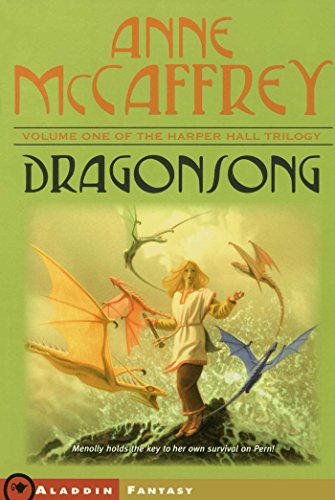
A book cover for Dragonsong (Harper Hall Trilogy, Book 1); Anne McCaffrey; Children's Books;